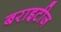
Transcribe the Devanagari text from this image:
बराइटीज